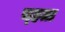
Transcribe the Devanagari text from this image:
च्हता